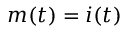
m ( t ) = i ( t )